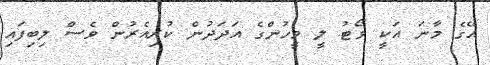
އޭގެ މާނަ އަކީ ވޯޓު ލީ މީހުންގެ އަދަދުން ކުރިއެރުން ވެސް ލިބިފައި